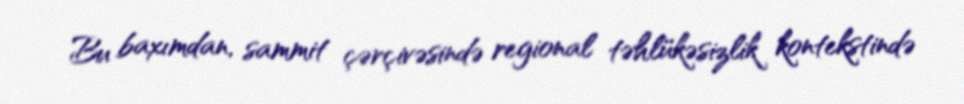
Bu baxımdan, sammit çərçivəsində regional təhlükəsizlik kontekstində